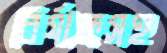
বির্যাকসহ